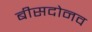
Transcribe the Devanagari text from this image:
बीसदोनव